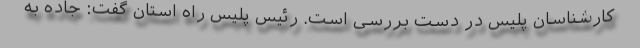
کارشناسان پلیس در دست بررسی است. رئیس پلیس راه استان گفت: جاده به